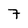
Character: 7